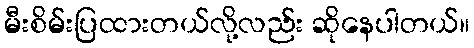
မီးစိမ်းပြထားတယ်လို့လည်း ဆိုနေပါတယ်။